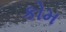
કોમ